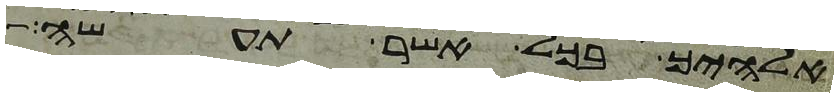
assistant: אלהיך בכל אשר תעשה